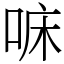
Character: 𠳹